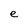
Character: e